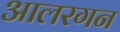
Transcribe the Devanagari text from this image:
आलरगन